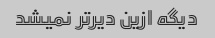
دیگه ازین دیرتر نمیشد